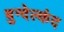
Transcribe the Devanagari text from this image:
बुन्देल्कंद